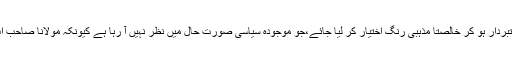
یہ کھویا ہوا اعتبار واپس اسی صورت میں آسکتا ہے اگر سیاسی اقتدار کے حصول سے دستبردار ہو کر خالصتا مذہبی رنگ اختیار کر لیا جائے،جو موجودہ سیاسی صورت حال میں نظر نہیں آ رہا ہے کیونکہ مولانا صاحب اب منہ میں چھپکلی ڈال بیٹھے ہیں جنہیں نا کھایا جاسکتا ہے اور نہ ہی پھینکا جا سکتا ہے۔